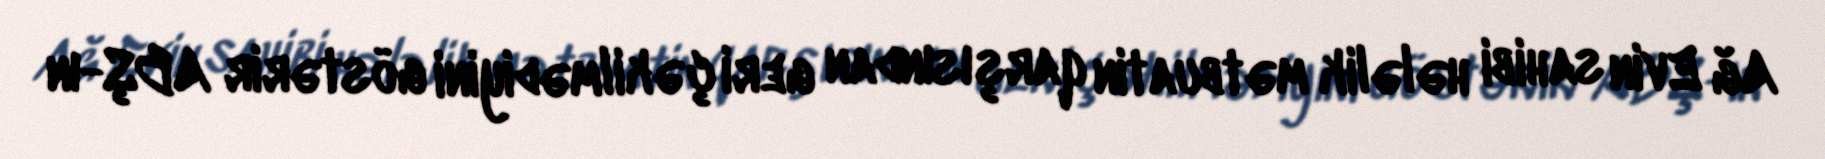
Ağ Evin sahibi hələlik mətbuatin qarşısından geri çəkilmədiyini göstərir ABŞ-ın